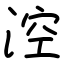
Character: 涳